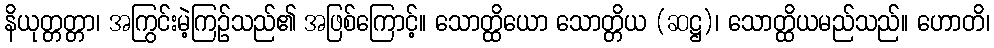
နိယုတ္တတ္တာ၊ အကြွင်းမဲ့ကြဉ်သည်၏ အဖြစ်ကြောင့်။ သောတ္ထိယော သောတ္တိယ (ဆဋ္ဌ)၊ သောတ္ထိယမည်သည်။ ဟောတိ၊